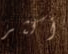
أكثر